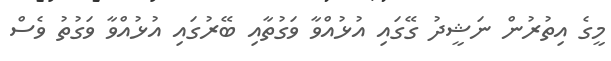
މީގެ އިތުރުން ނަޝީދު ގޭގައި އުޅުއްވާ ވަގުތާއި ބޭރުގައި އުޅުއްވާ ވަގުތު ވެސް